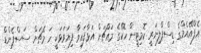
އެފްއޭއެމްގެ ޑިސްޕްލިނަރީ ކޮމިޓީން ހޮކޭގެ މައްޗަށް އަޅާފައިވާ ފިޔަވަޅަކީ ހަ މެޗަށް ސަސްޕެންޑް